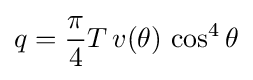
q={\frac {\pi }{4}}T\,v(\theta )\,\cos ^{4}\theta